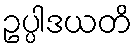
ဥပ္ပါဒယတိ